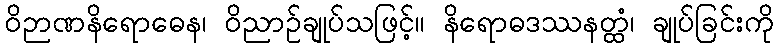
ဝိဉာဏနိရောဓေန၊ ဝိညာဉ်ချုပ်သဖြင့်။ နိရောဓဒဿနတ္ထံ၊ ချုပ်ခြင်းကို